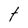
Character: f